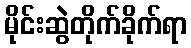
မိုင်းဆွဲတိုက်ခိုက်ရာ